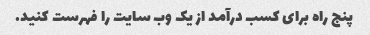
پنج راه برای کسب درآمد از یک وب سایت را فهرست کنید.